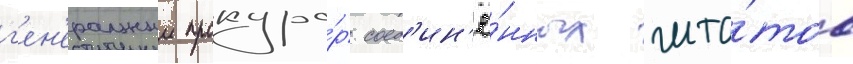
г'ен'еральныи прокуро́р соед'ин'ё́нных шта́тов